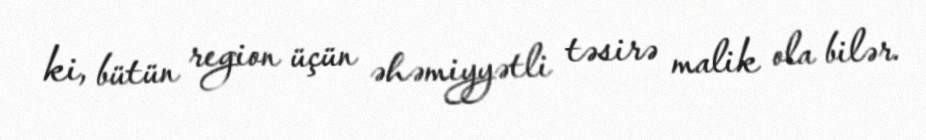
ki, bütün region üçün əhəmiyyətli təsirə malik ola bilər.